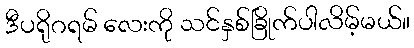
ဒီပရိုဂရမ် လေးကို သင်နှစ်ခြိုက်ပါလိမ့်မယ်။